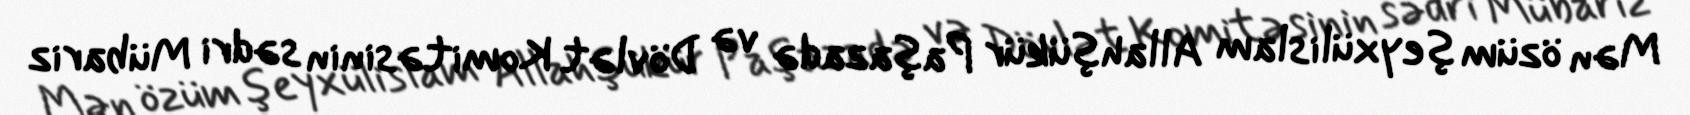
Mən özüm şeyxülislam Allahşükür Paşazadə və Dövlət Komitəsinin sədri Mübariz